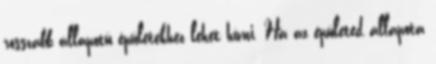
rosszabb állapotú épületekhez lehet hívni. Ha az épületed állapota